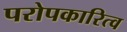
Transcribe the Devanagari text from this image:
परोपकारित्व